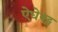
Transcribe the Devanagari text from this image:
ऐधेक्ट्स